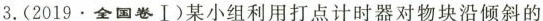
3.(2019.全国卷I)某小组利用打点计时器对物块沿倾斜的